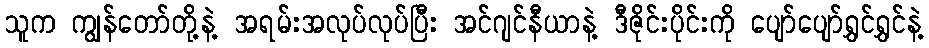
သူက ကျွန်တော်တို့နဲ့ အရမ်းအလုပ်လုပ်ပြီး အင်ဂျင်နီယာနဲ့ ဒီဇိုင်းပိုင်းကို ပျော်ပျော်ရွှင်ရွှင်နဲ့